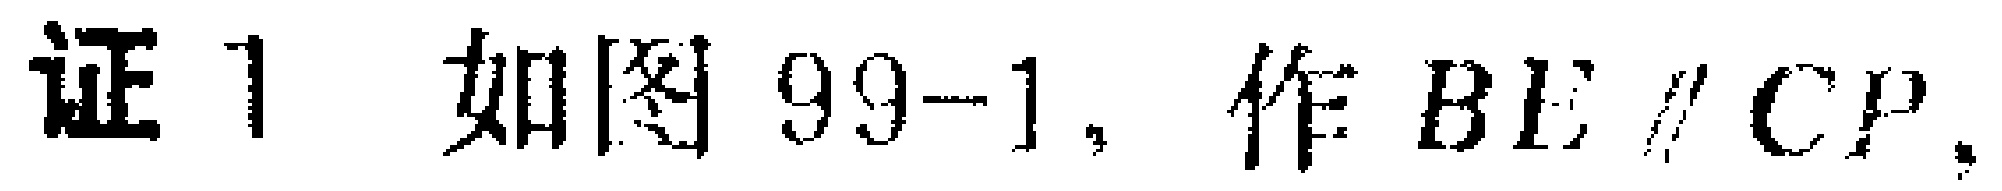
证1 如图99-1，作 \(BE \parallel CP\)。